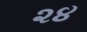
૨૪